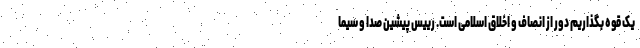
یک قوه بگذاریم دور از انصاف و اخلاق اسلامی است. رییس پیشین صدا و سیما